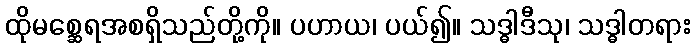
ထိုမစ္ဆေရအစရှိသည်တို့ကို။ ပဟာယ၊ ပယ်၍။ သဒ္ဓါဒီသု၊ သဒ္ဓါတရား